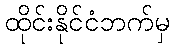
ထိုင်းနိုင်ငံဘက်မှ